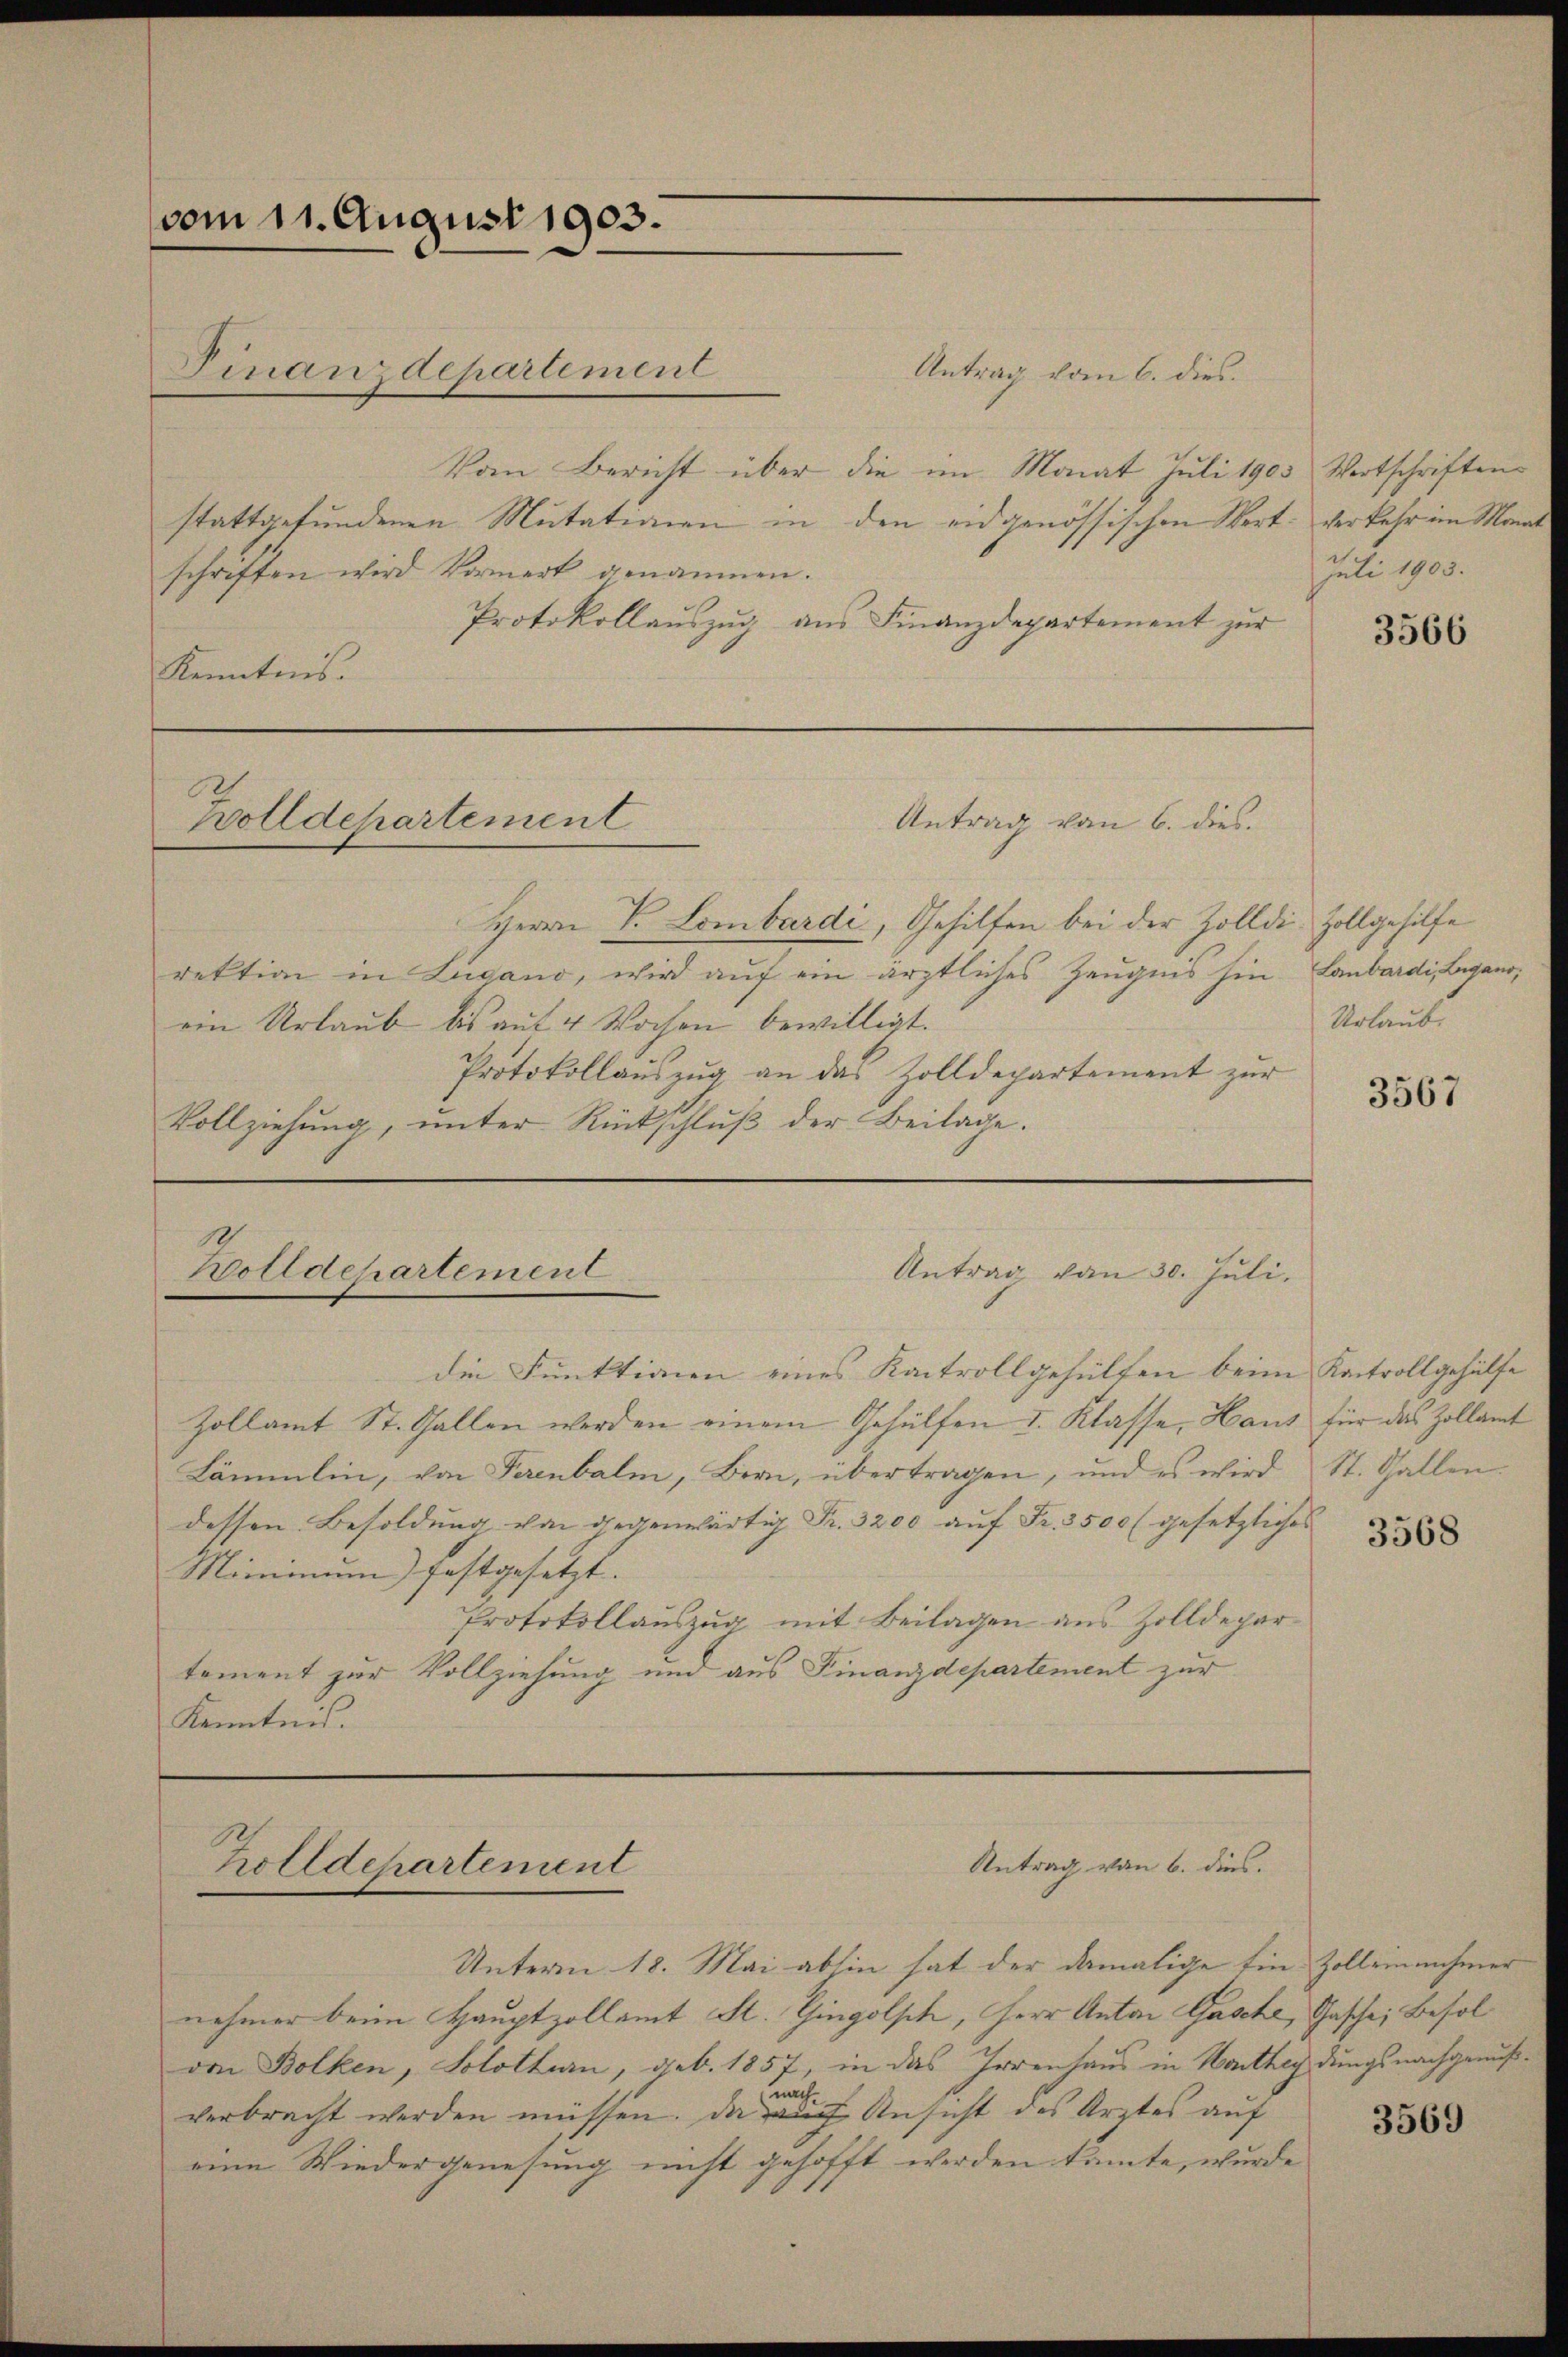
vom 11. August 1903.

Antrag vom 6. dies.
Vom Bericht über die im Monat Juli 1903
stattgefundenen Mutationen in den eidgenössischen Wert verkehr im Monat
schriften wird Vormerk genommen.
Protokollauszug aus Finanzdepartement zur
Kenntnis.

Finanzdepartement

Zolldepartement

Antrag von 6. dies

Antrag von 30. Juli.
Zolldepartement

Herrn P. Lombardi, Gehilfen bei der Zolldi Zollgehilfe
rektion in Lugano, wird auf ein ärztliches Zeugnis hin-Laubardi, Begano,
ein Urlaub bis auf 4 Wochen bewilligt.
Protokollauszug an das Zolldepartement zur
Vollziehŭng ŭnter Rückschlŭβ der Beilage.

die Funktionen eines Kantrollgehülfen beim Kantrollgehülfe
Zollamt St. Gallen werden einem Gehülfen I. Klasse, Haus für das Zollamt
Lämmlin, von Serenbalm, Bern, übertragen, und es wird St. Gallen.
dessen Besoldung von gegenwärtig Fr. 3200 aŭf Fr. 3500 (gesetzliches
Miminum) festgesetzt.
Protokollauszug mit Beilagen aus Zolldepartoment zur Vollziehung und aus Finanzdepartement zur
Kenntnis.

Antrag von 6. dies
Zolldepartement

Wortschriften
Juli 1903.

Unterm 18. Mai abhin hat der damalige Ein Zoll einnehmer
nehmer beim Hauptzollamt St. Gingolsch, Herr Anton Gasche, Gasche, Besolvon Bolken, Solothurn, geb. 1857, in das Irrenhaus in Hartheidungsnachgenußnachverbracht werden müssen. Da auch Ansicht des Arztes auf
eine Wiedergenesung nicht gehofft werden kannte, wurde

3566

Urlaube

3567

3568

3569